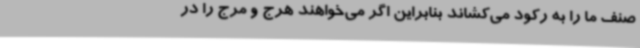
صنف ما را به رکود می‌کشاند بنابراین اگر می‌خواهند هرج و مرج را در